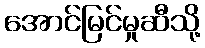
အောင်မြင်မှုဆီသို့